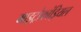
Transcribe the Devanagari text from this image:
माइट्रोकांड्रियल